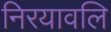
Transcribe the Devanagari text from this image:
निरयावलि